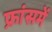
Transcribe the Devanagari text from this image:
फ्रांसमें